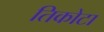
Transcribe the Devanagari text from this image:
तिकोटा